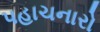
પહાચનારો